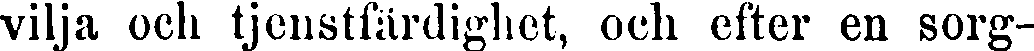
vilja och tjenstfärdighet, och efter en sorg-